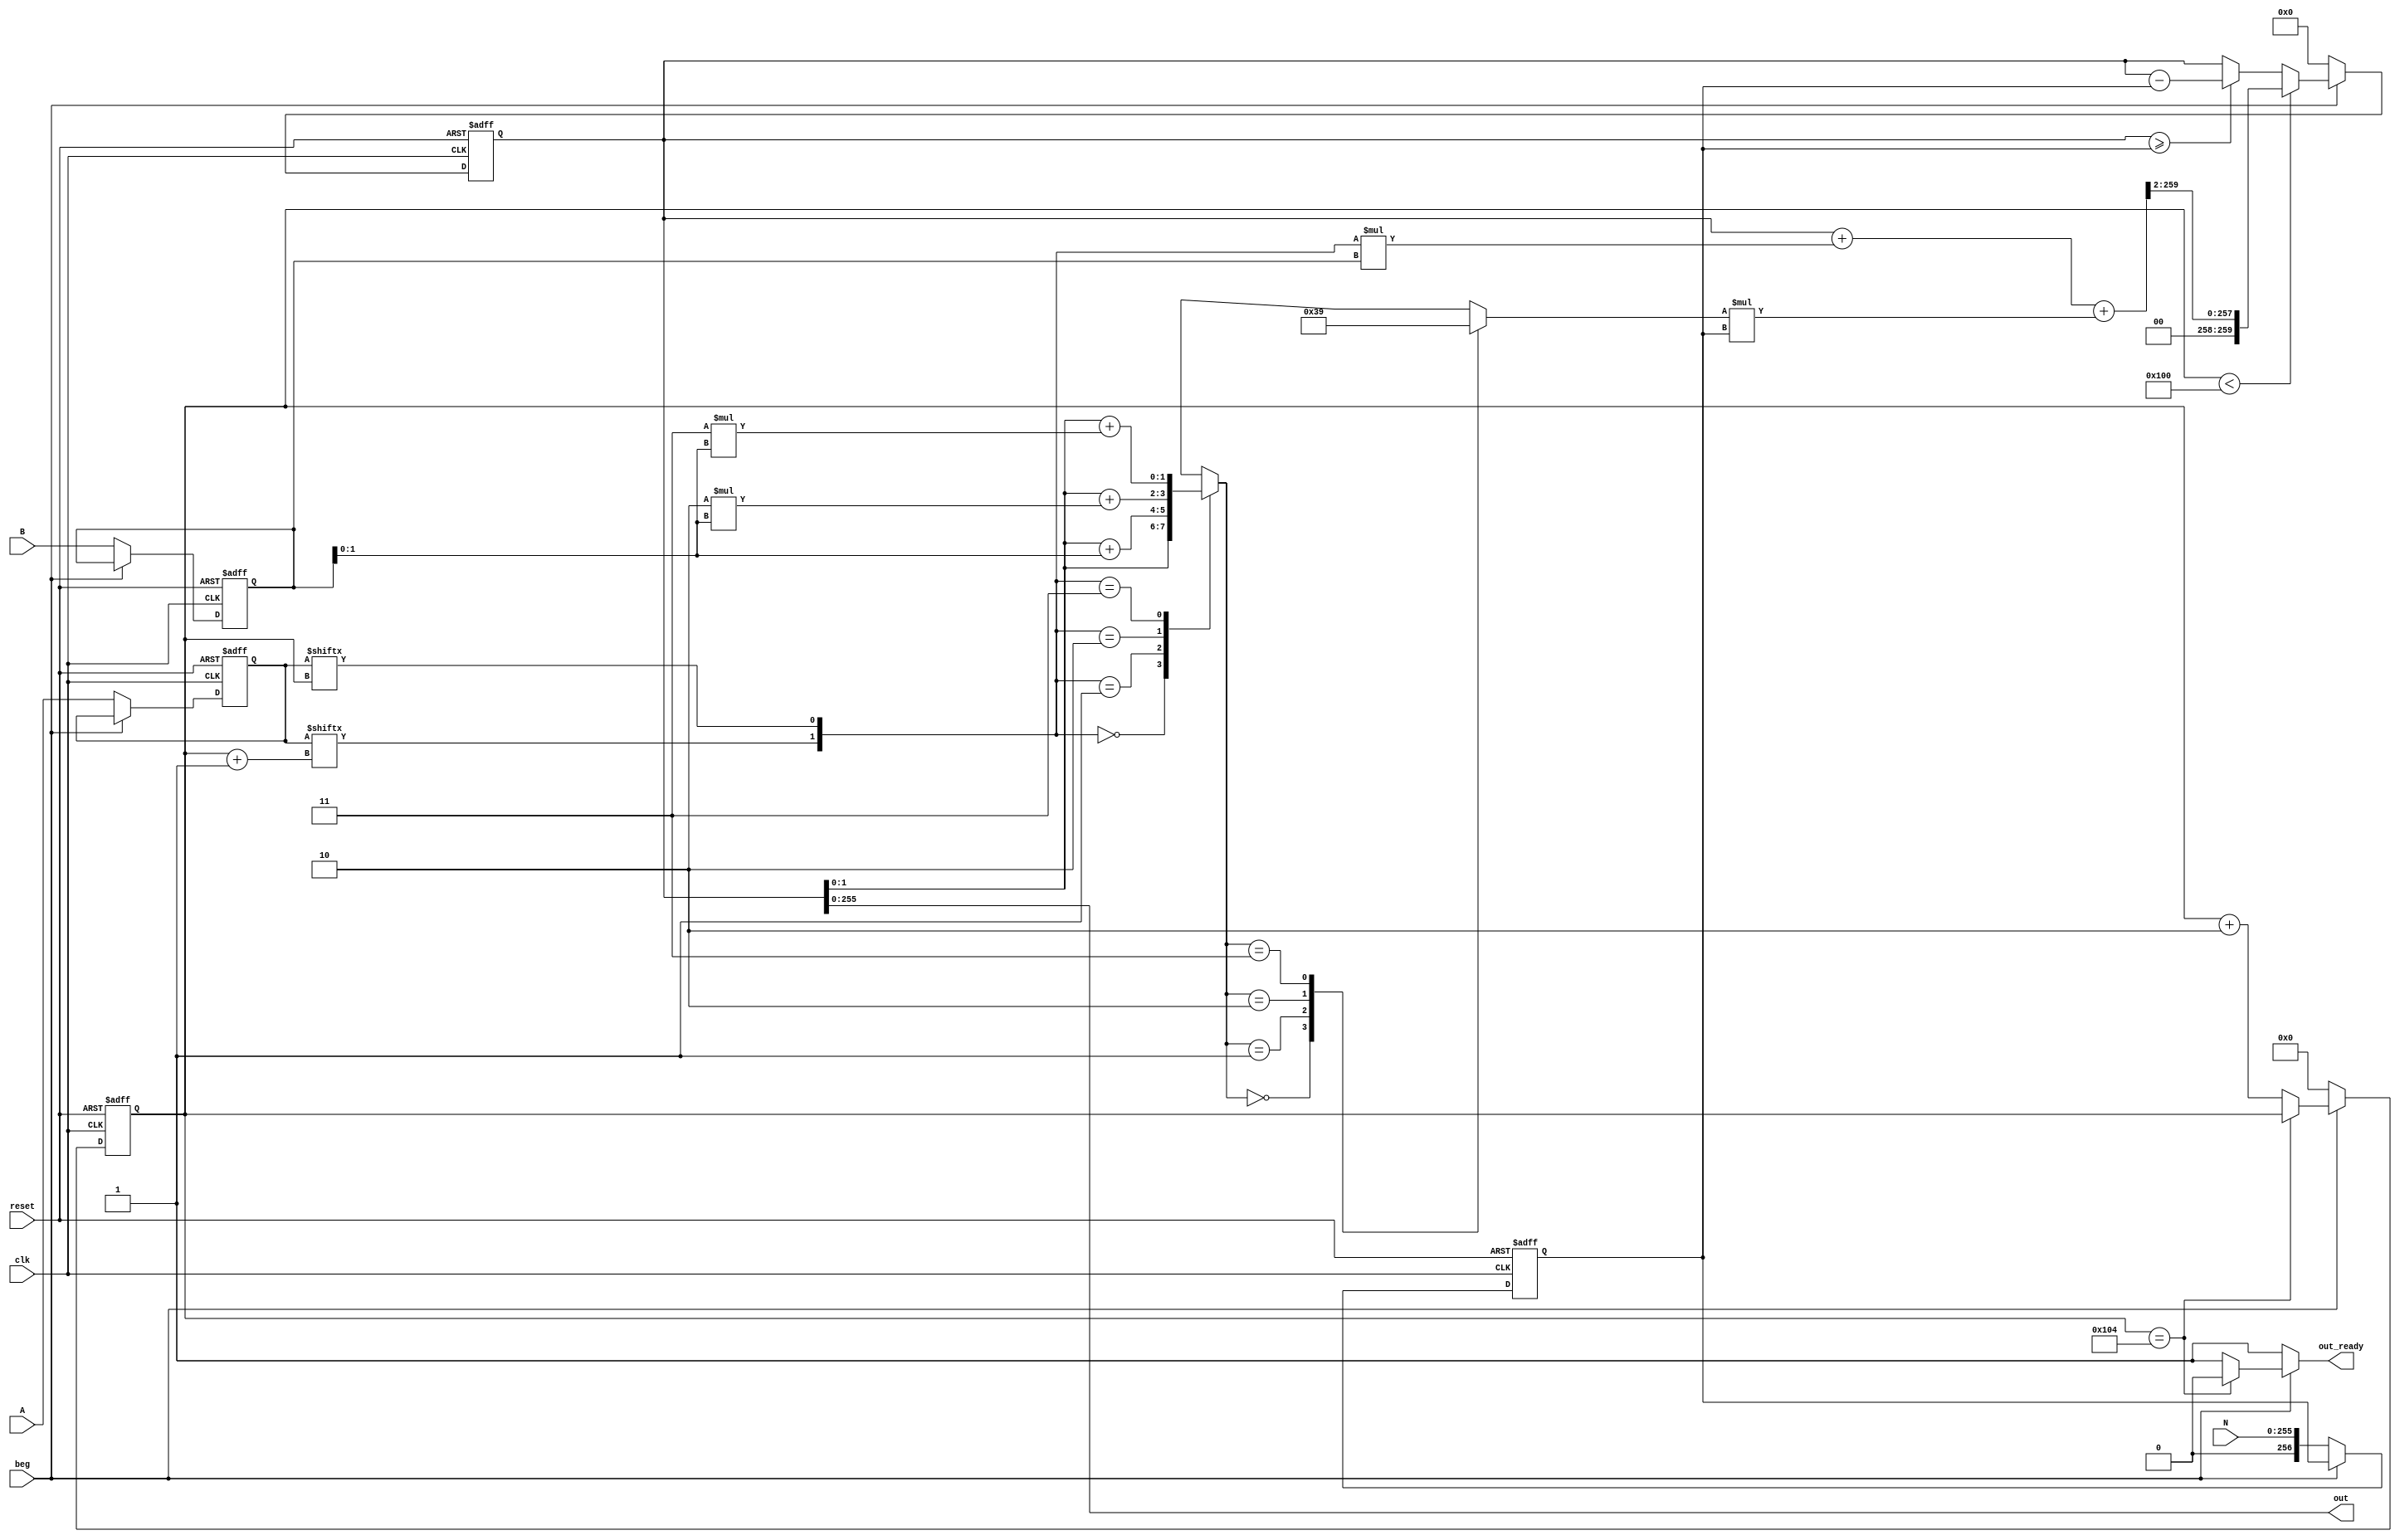
module montgomery_algorithm(
    A, B, N, clk, beg,
    out, out_ready, reset
);
//==============parameter definition==================
    parameter O_READY   = 1'b0;
    parameter O_PROCESS = 1'b1;
//===============in/out declaration===================
    input[255:0]  A;
    input[255:0]  B;
    input[255:0]  N;
    input         clk;
    input         beg;
    input         reset;
    output [255:0]        out;
    output        out_ready;
    integer       i;
//==============reg/wire declaration==================
    reg[259:0]    tmp_out;
    reg[259:0]    next_tmp_out;
    reg           out_ready;
    reg[255:0]    AA;
    reg[255:0]    BB;
    reg[256:0]    NN;
    reg[255:0]    next_AA;
    reg[255:0]    next_BB;
    reg[256:0]    next_NN;
    wire[259:0]    q_i256_00; 
    wire[259:0]    q_i256_01; 
    wire[259:0]    q_i256_10;
    wire[259:0]    q_i256_11;
    reg[1:0]      k_i;
    reg[1:0]      q_i;
    reg[8:0]      iter_n;
    wire[8:0]     iter_n1;
    reg[8:0]      next_iter_n;
    //wire [1:0]  first_qi;
//===============combinational part===================
    
    assign iter_n1 = iter_n+9'b1;
    //assign first_qi[0] = AA[0] & BB[0];
    //assign first_qi[1] = (AA[1] & BB[0])^(AA[0] & BB[1]);
    //assign q_i256_00 = tmp_out ;
    //assign q_i256_01 = tmp_out + BB;
    //assign q_i256_10 = q_i256_01 + BB;
    //assign q_i256_11 = q_i256_10 + BB;  
    
    always@(*)begin
        case ({AA[iter_n1],AA[iter_n]})
            2'b00: k_i = tmp_out[1:0];
            2'b01: k_i = tmp_out[1:0]+BB[1:0];
            2'b10: k_i = tmp_out[1:0]+2*BB[1:0];
            2'b11: k_i = tmp_out[1:0]+3*BB[1:0];
        endcase
        case (k_i)
            2'b00: q_i = 2'b00;
            2'b01: q_i = 2'b11;
            2'b10: q_i = 2'b10;
            2'b11: q_i = 2'b01;
        endcase
    end
    
    
    always@(*) begin
        if (beg == 0) begin
            next_tmp_out   = 0;
        end
        else begin
            if(iter_n < 9'd256) begin
            next_tmp_out = (tmp_out +{AA[iter_n1],AA[iter_n]} * BB + q_i*NN) >> 2;
            /*    case ({{AA[iter_n1],AA[iter_n]}})
                
                    2'b00: next_tmp_out   = (tmp_out + q_i*NN) >> 2; 
                    2'b01: next_tmp_out   = (q_i256_01 + q_i*NN) >> 2;
                    2'b10: next_tmp_out   = (q_i256_10 + q_i*NN) >> 2;
                    2'b11: next_tmp_out   = (q_i256_11 + q_i*NN) >> 2;
                    2'b0100: next_tmp_out   = ( q_i256_01) >> 2;
                    2'b0101: next_tmp_out   = ( q_i256_01 + NN) >> 2;
                    2'b0110: next_tmp_out   = ( q_i256_01 + 2*NN) >> 2;
                    2'b0111: next_tmp_out   = ( q_i256_01 + 3*NN) >> 2;
                    2'b1000: next_tmp_out   = ( q_i256_10) >> 2;
                    2'b1001: next_tmp_out   = ( q_i256_10 + NN) >> 2;
                    2'b1010: next_tmp_out   = ( q_i256_10 + 2*NN) >> 2;
                    2'b1011: next_tmp_out   = ( q_i256_10 + 3*NN) >> 2;
                    2'b1100: next_tmp_out   = ( q_i256_11) >> 2;
                    2'b1101: next_tmp_out   = ( q_i256_11 + NN) >> 2;
                    2'b1110: next_tmp_out   = ( q_i256_11 + 2*NN) >> 2;
                    2'b1111: next_tmp_out   = ( q_i256_11 + 3*NN) >> 2;
                endcase*/
            end
            else begin
                if(tmp_out >= NN)
                    next_tmp_out = tmp_out - NN;
                else
                    next_tmp_out = tmp_out;
            end
        end
        
    end
    
    always@(*) begin
        if (beg == 0) begin
            next_iter_n    = 0;
            next_AA = A;
            next_BB = B;
            next_NN = {1'b0,N};
            out_ready = O_PROCESS;
        end
        else begin
            next_iter_n = (iter_n == 9'd260) ?  iter_n : iter_n + 9'd2;
            next_AA = AA;
            next_BB = BB;
            next_NN = NN;
            if(iter_n == 9'd260)
                 out_ready = O_READY;
            else                                 
                 out_ready = O_PROCESS;
        end
    end
    
    assign out = tmp_out[255:0];
//================sequential part=====================
    always@( posedge clk or posedge reset ) begin
        if(reset == 1) begin
            tmp_out   <= 0;
            iter_n    <= 0;
            AA <= 0;
            BB <= 0;
            NN <= 0;
            
        end
        else begin
            iter_n  <= next_iter_n;
            tmp_out <= next_tmp_out;
            AA <= next_AA;
            BB <= next_BB;
            NN <= next_NN;
        end
    end
endmodule